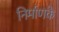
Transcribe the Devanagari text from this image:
निर्माणके